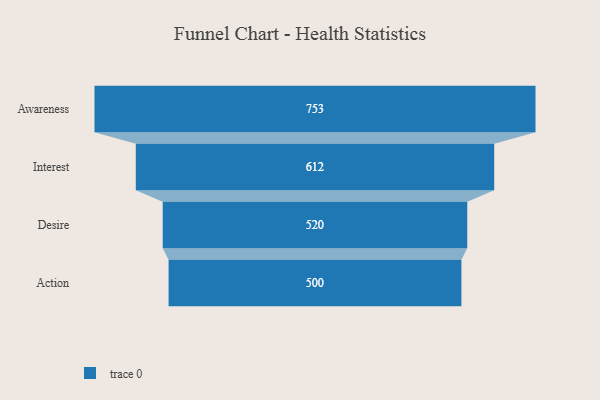
{"axis": {"x": "Stage", "y": "Value"}, "legend": [""], "data": [{"x": "Awareness", "y": 753.0, "type": ""}, {"x": "Interest", "y": 612.0, "type": ""}, {"x": "Desire", "y": 520.0, "type": ""}, {"x": "Action", "y": 500, "type": ""}]}